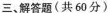
三、解答题(共60分)